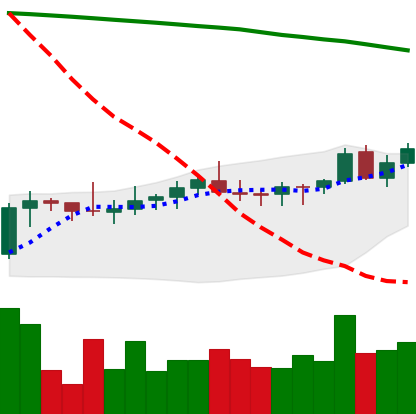
Ticker: XLM-USD
Chart end date: 2021-08-10
Forward return: 26.319%
Label: up_7plus